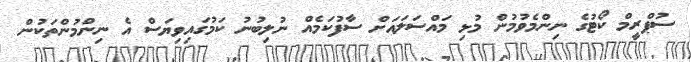
ސުޕްރީމް ކޯޓުގެ ނިންމެވުމުން މުޅި މައްސަލައަށް ސާފުކަމެއް ނުލިބުނު ކަމުގައިވިޔަސް އެ ނިންމުންތަކުން